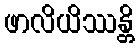
ဖာလိယိဿန္တိ